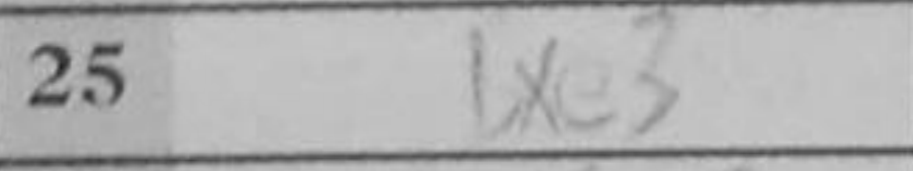
Transcription: bxe3